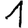
Digit: 1